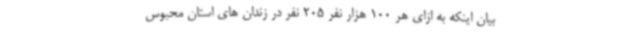
بیان اینکه به ازای هر 100 هزار نفر 205 نفر در زندان های استان محبوس